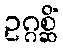
ဥဂ္ဂစ္ဆိံ